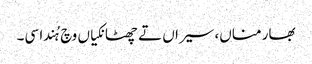
بھار مناں، سیراں تے چھٹانکیاں وچ ہُندا سی۔